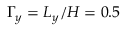
\Gamma _ { y } = L _ { y } / H = 0 . 5